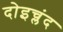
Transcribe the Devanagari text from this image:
दोइच्लंद